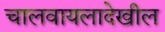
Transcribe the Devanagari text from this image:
चालवायलादेखील